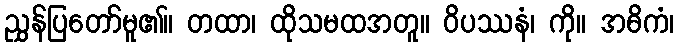
ညွှန်ပြတော်မူ၏။ တထာ၊ ထိုသမထအတူ။ ဝိပဿနံ၊ ကို။ အဓိကံ၊